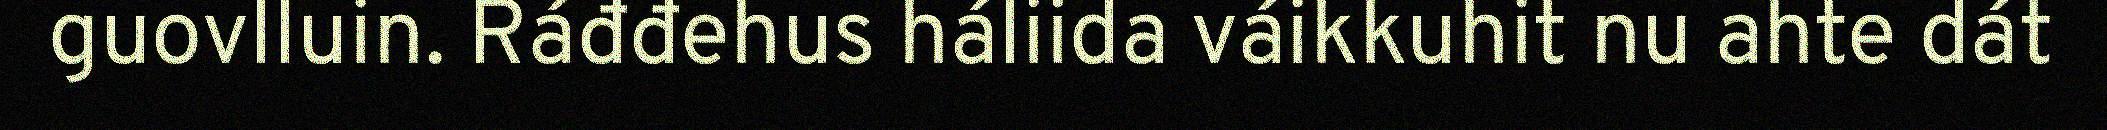
guovlluin. Ráđđehus háliida váikkuhit nu ahte dát